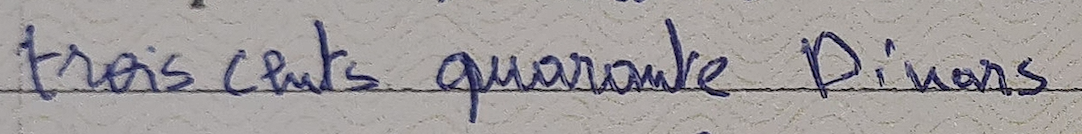
trois cents quarante Dinars